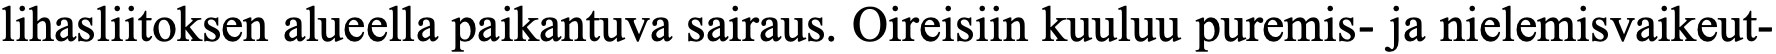
lihasliitoksen alueella paikantuva sairaus. Oireisiin kuuluu puremis- ja nielemisvaikeut-